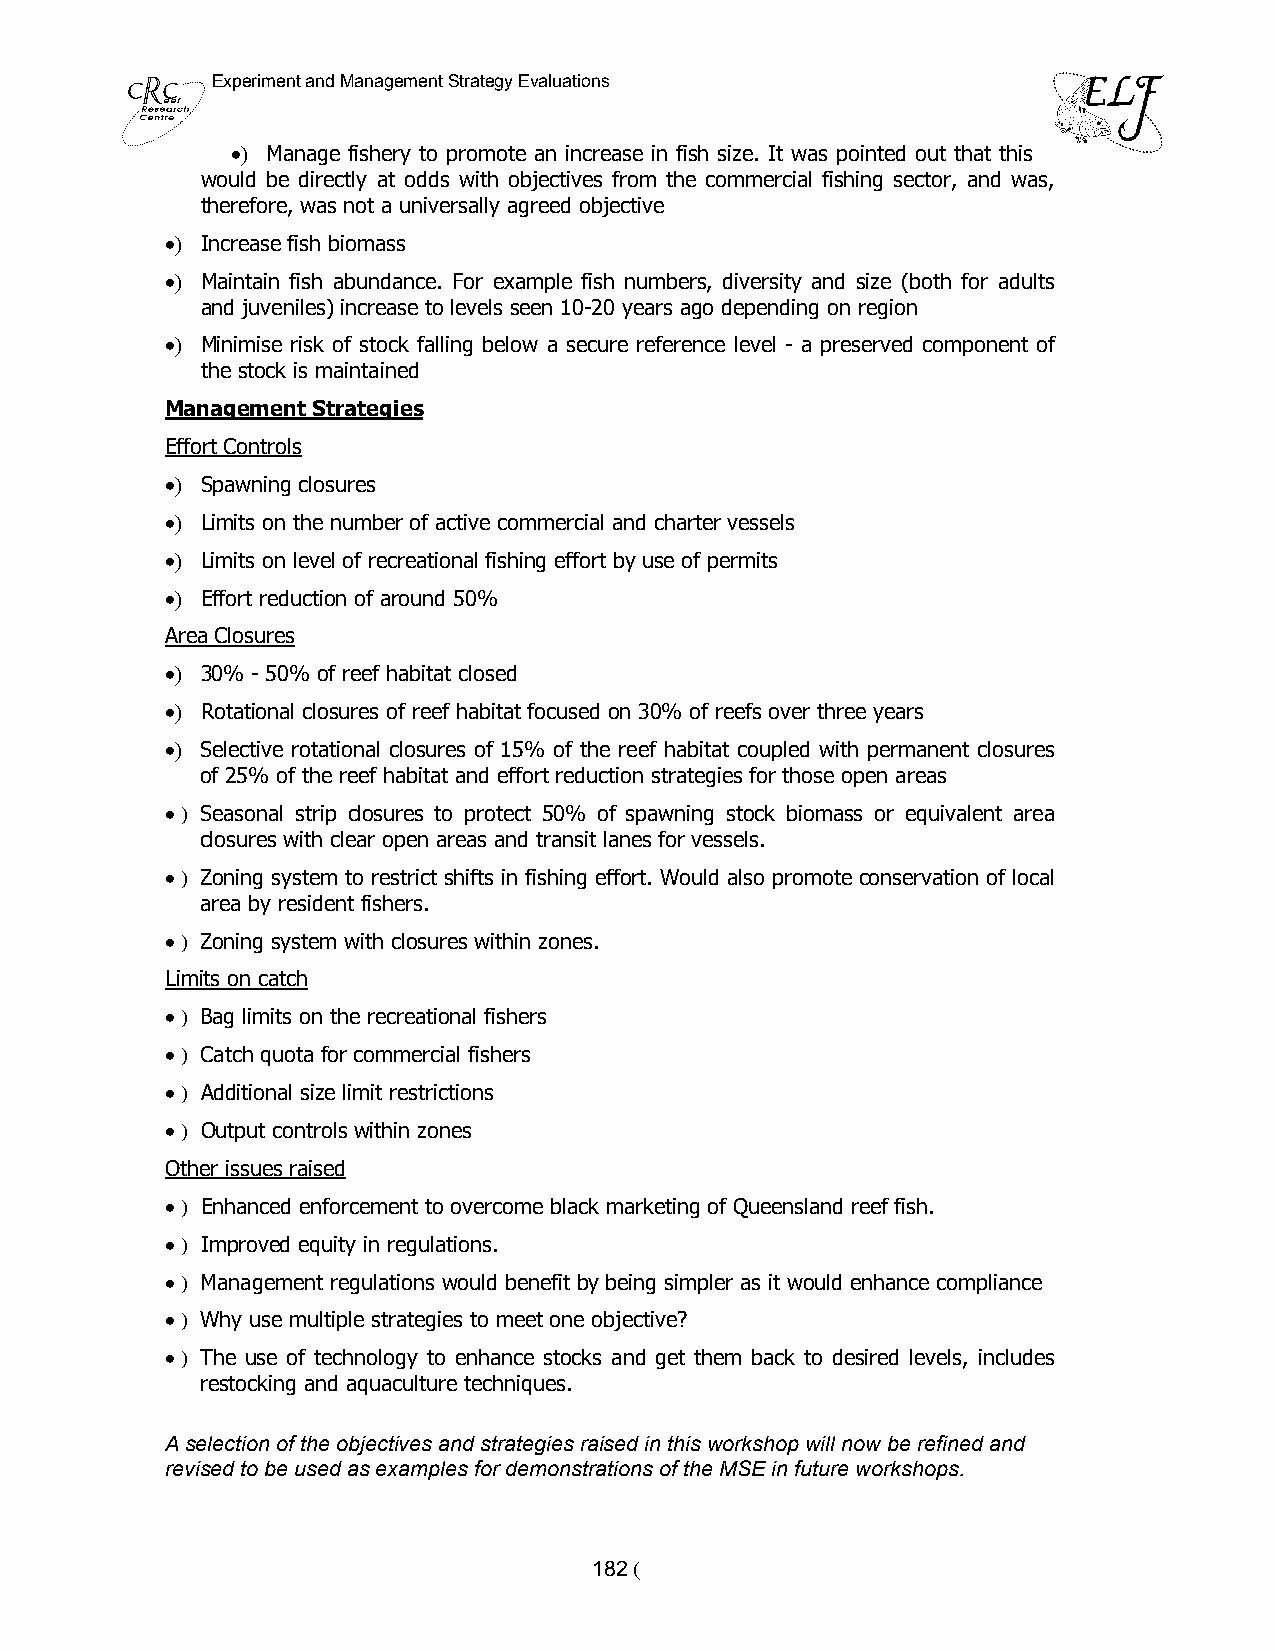
ELF Experiment and Management Strategy Evaluations
 >  Manage fishery to promote an increase in fish size. It was pointed out that this
 would be directly at odds with objectives from the commercial fishing sector, and was,
 therefore, was not a universally agreed objective
 > Increase fish biomass
 > Maintain fish abundance. For example fish numbers, diversity and size (both for adults
 and juveniles) increase to levels seen 10-20 years ago depending on region
 > Minimise risk of stock falling below a secure reference level - a preserved component of
 the stock is maintained
 Management Strategies
 Effort Controls
 > Spawning closures
 > Limits on the number of active commercial and charter vessels
 > Limits on level of recreational fishing effort by use of permits
 > Effort reduction of around 50%
 Area Closures
 > 30% - 50% of reef habitat closed
 > Rotational closures of reef habitat focused on 30% of reefs over three years
 > Selective rotational closures of 15% of the reef habitat coupled with permanent closures
 of 25% of the reef habitat and effort reduction strategies for those open areas
 > ) Seasonal strip closures to protect 50% of spawning stock biomass or equivalent area
 closures with clear open areas and transit lanes for vessels.
 > ) Zoning system to restrict shifts in fishing effort. Would also promote conservation of local
 area by resident fishers.
 > ) Zoning system with closures within zones.
 Limits on catch
 > ) Bag limits on the recreational fishers
 > ) Catch quota for commercial fishers
 > ) Additional size limit restrictions
 > ) Output controls within zones
 Other issues raised
 > ) Enhanced enforcement to overcome black marketing of Queensland reef fish.
 > ) Improved equity in regulations.
 > ) Management regulations would benefit by being simpler as it would enhance compliance
 > ) Why use multiple strategies to meet one objective?
 > ) The use of technology to enhance stocks and get them back to desired levels, includes
 restocking and aquaculture techniques.
 A selection of the objectives and strategies raised in this workshop will now be refined and
 revised to be used as examples for demonstrations of the MSE in future workshops.
 182 (